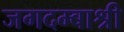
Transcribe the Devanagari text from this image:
जगदम्बाश्री